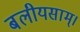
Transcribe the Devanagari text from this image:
बलीयसाम्।